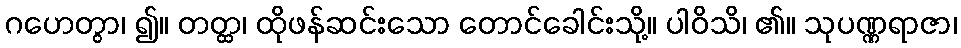
ဂဟေတွာ၊ ၍။ တတ္ထ၊ ထိုဖန်ဆင်းသော တောင်ခေါင်းသို့။ ပါဝိသိ၊ ၏။ သုပဏ္ဏရာဇာ၊